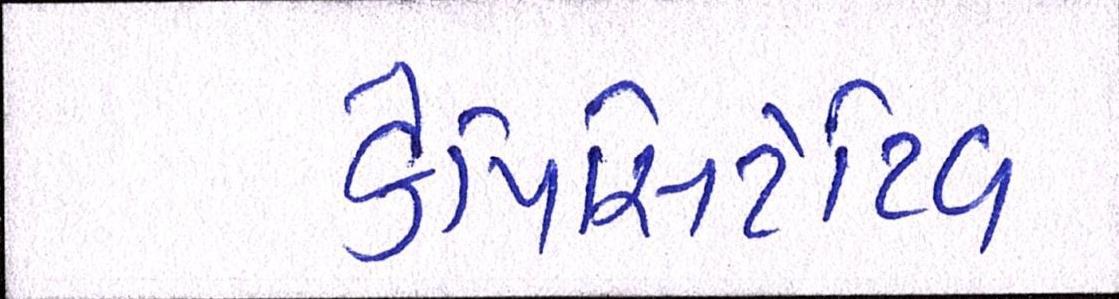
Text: કેપિસિટેટિવ